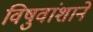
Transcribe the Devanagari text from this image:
विषुवांशाने